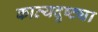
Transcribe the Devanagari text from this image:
काव्यदृष्ट्या